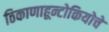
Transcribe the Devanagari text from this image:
ठिकाणाहून्टोकियोचे